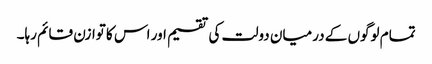
تمام لوگوں کے درمیان دولت کی تقسیم اور اس کا توازن قائم رہا۔